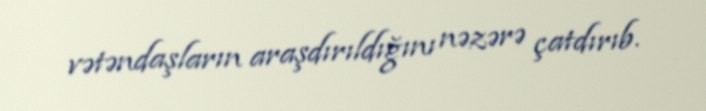
vətəndaşların araşdırıldığını nəzərə çatdırıb.